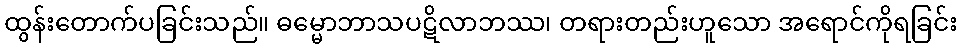
ထွန်းတောက်ပခြင်းသည်။ ဓမ္မောဘာသပဋိလာဘဿ၊ တရားတည်းဟူသော အရောင်ကိုရခြင်း